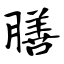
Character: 膳